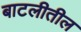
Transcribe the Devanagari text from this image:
बाटलीतील